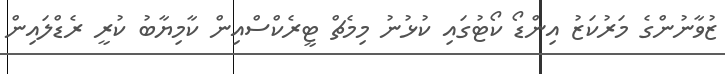
ޒުވާނުންގެ މަރުކަޒު އިންޑޯ ކޯޓުގައި ކުޅުނު މިމެޗް ޓީރެކްސްއިން ކާމިޔާބު ކުރީ ރެޑްލައިން